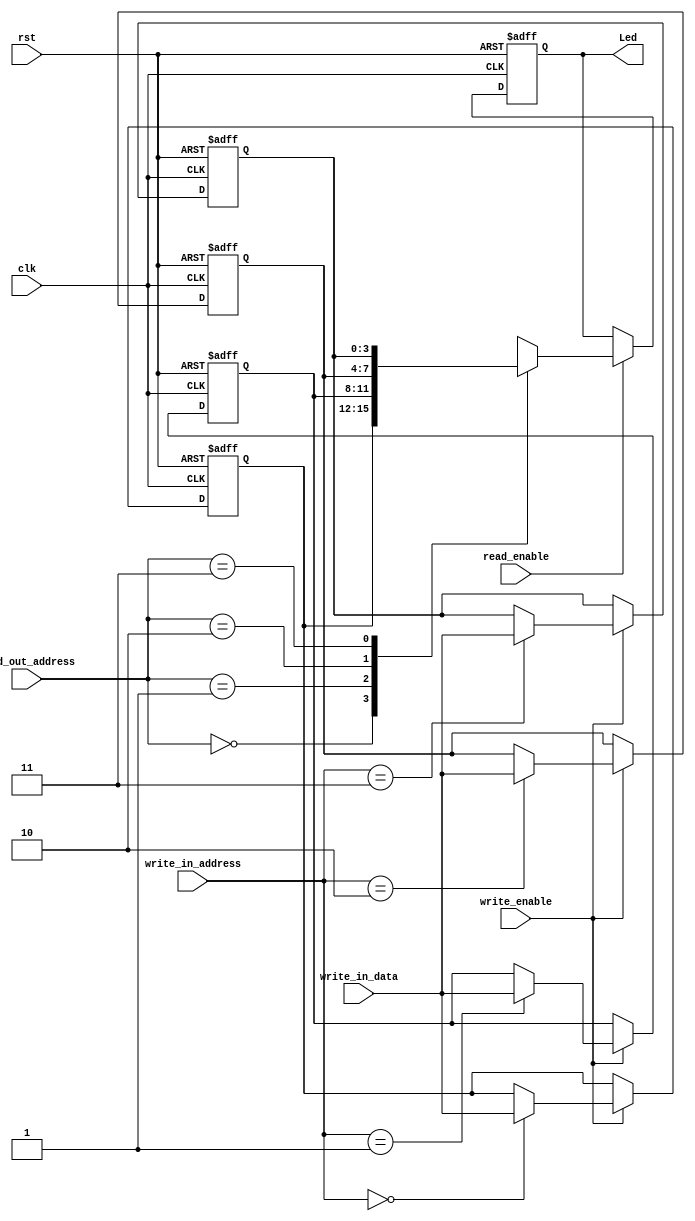
`timescale 1ns / 1ps
//////////////////////////////////////////////////////////////////////////////////
// Company: 
// Engineer: 
// 
// Design Name: 
// Module Name:    Register 
// Project Name: 
// Target Devices: 
// Tool versions: 
// Description: 
//
// Dependencies: 
//
// Revision: 
// Revision 0.01 - File Created
// Additional Comments: 
//
//////////////////////////////////////////////////////////////////////////////////
module Register(
input						clk,
input						rst,
input						write_enable,		//
input						read_enable,
input			 [3:0]	write_in_data,
input		 	 [1:0]	write_in_address,
input		 	 [1:0]	read_out_address,
output	reg [3:0]	Led
    );

reg [3:0]	data0;
reg [3:0]	data1;
reg [3:0]	data2;
reg [3:0]	data3;

always@(posedge clk or posedge rst)
	begin
		if(rst)			
			begin
				data0 <= 4'h1;
				data1 <= 4'h2;
				data2 <= 4'h4;
				data3 <= 4'h8;
			end
		else if(write_enable)
			begin
				case(write_in_address)
					2'h0:		data0 <= write_in_data;
					2'h1:		data1 <= write_in_data;
					2'h2:		data2 <= write_in_data;
					2'h3:		data3 <= write_in_data;
				endcase
			end
		else
			begin
				data0 <= data0;
				data1 <= data1;
				data2 <= data2;
				data3 <= data3;
			end
	end


always@(posedge clk or posedge rst)
	begin
		if(rst)
			Led <= 4'h0;
		else if(read_enable)
			begin
				case(read_out_address)
					2'h0:		Led<= data0;
					2'h1:		Led<= data1;
					2'h2:		Led <= data2;
					2'h3:		Led <= data3;
				endcase
			end
		else
			Led <= Led;
	end

endmodule